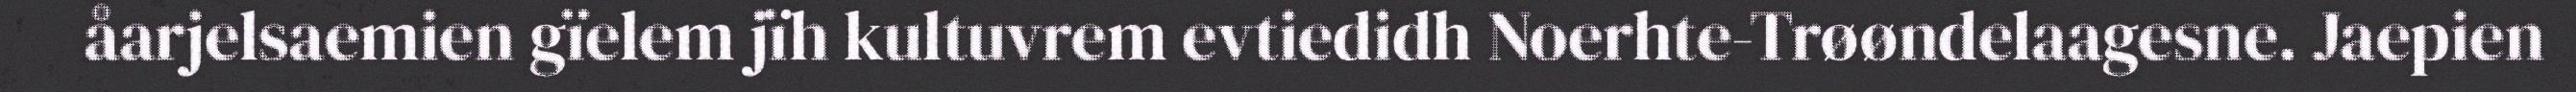
åarjelsaemien gïelem jïh kultuvrem evtiedidh Noerhte-Trøøndelaagesne. Jaepien